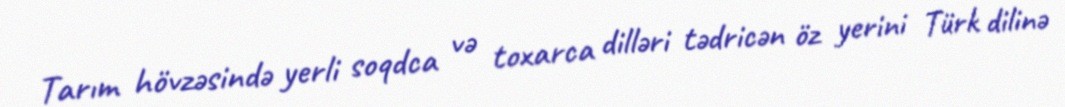
Tarım hövzəsində yerli soqdca və toxarca dilləri tədricən öz yerini Türk dilinə